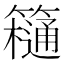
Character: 𥶥